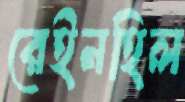
রেইনহিল